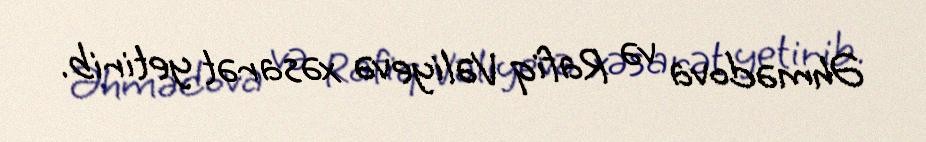
Əhmədova və Rafiq Vəliyevə xəsarət yetirib.